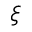
\xi